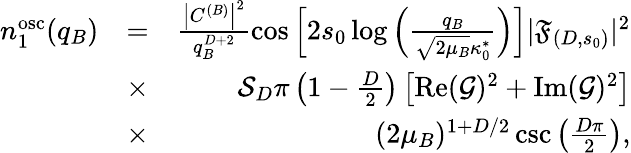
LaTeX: \begin{array}{rlr}{n_{1}^{\mathrm{osc}}(q_{B})}&{=}&{\frac{\left|C^{(B)}\right|^{2}}{q_{B}^{D+2}}\cos\left[2s_{0}\log\left(\frac{q_{B}}{\sqrt{2\mu_{B}}\kappa_{0}^{*}}\right)\right]|\mathfrak{F}_{(D,s_{0})}|^{2}}\\ &{\times}&{\mathcal{S}_{D}\pi\left(1-\frac D2\right)\left[\operatorname{Re}(\mathcal{G})^{2}+\operatorname{Im}(\mathcal{G})^{2}\right]}\\ &{\times}&{(2\mu_{B})^{1+D/2}\csc\left(\frac{D\pi}{2}\right),}\end{array}